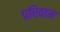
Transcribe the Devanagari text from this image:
परिवाम